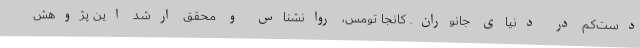
دست‌کم در دنیای جانوران. کانجا تومس، روانشناس و محقق ارشد این پژوهش